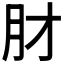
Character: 𬁱